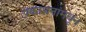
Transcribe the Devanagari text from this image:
प्रकाशनांमधून